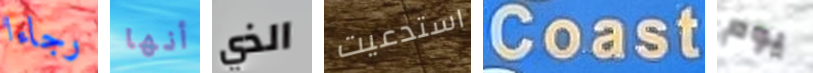
رجاءا أنها الذي استدعيت Coast يوم